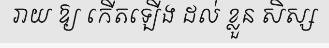
រាយ ឱ្យ កើតឡើង ដល់ ខ្លួន សិស្ស